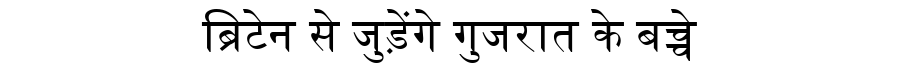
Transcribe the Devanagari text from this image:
ब्रिटेन से जुड़ेंगे गुजरात के बच्चे